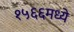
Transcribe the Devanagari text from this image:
१५६६मध्ये